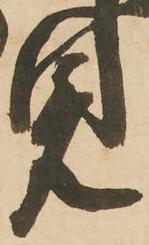
見